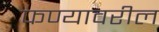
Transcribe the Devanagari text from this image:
फण्यावरील